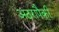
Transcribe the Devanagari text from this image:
अठरापैकी